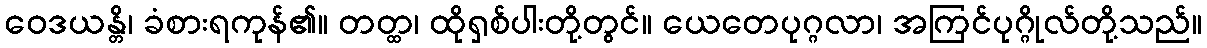
ဝေဒယန္တိ၊ ခံစားရကုန်၏။ တတ္ထ၊ ထိုရှစ်ပါးတို့တွင်။ ယေတေပုဂ္ဂလာ၊ အကြင်ပုဂ္ဂိုလ်တို့သည်။